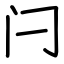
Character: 闩